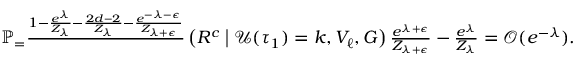
\begin{array} { r } { \mathbb { P } _ = \frac { 1 - \frac { e ^ { \lambda } } { Z _ { \lambda } } - \frac { 2 d - 2 } { Z _ { \lambda } } - \frac { e ^ { - \lambda - \epsilon } } { Z _ { \lambda + \epsilon } } } \! \left( R ^ { c } \; \middle \vert \; \mathcal { U } ( \tau _ { 1 } ) = k , V _ { \ell } , G \right) { \frac { e ^ { \lambda + \epsilon } } { Z _ { \lambda + \epsilon } } - \frac { e ^ { \lambda } } { Z _ { \lambda } } } = \mathcal { O } ( e ^ { - \lambda } ) . } \end{array}